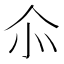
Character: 𠇍